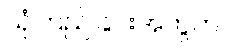
ယုံကြည်ခြင်းအတွက်